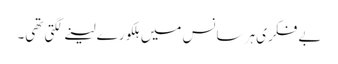
بے فکری ہر سانس میں ہلکورے لینے لگتی تھی۔